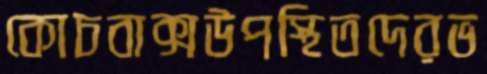
কোচবাক্সউপস্থিতদেরভ